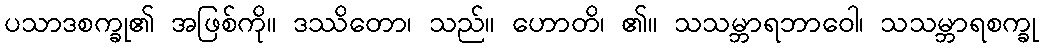
ပသာဒစက္ခု၏ အဖြစ်ကို။ ဒဿိတော၊ သည်။ ဟောတိ၊ ၏။ သသမ္ဘာရဘာဝေါ၊ သသမ္ဘာရစက္ခု